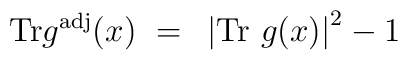
{\rm Tr} g^{\rm adj}(x)~=~ \left| {\rm Tr}~g(x)\right|^2-1